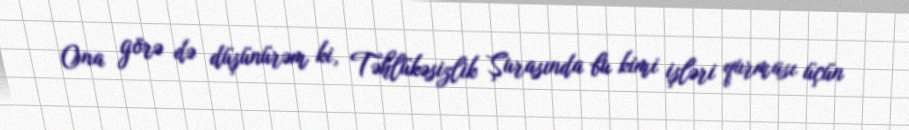
Ona görə də düşünürəm ki, Təhlükəsizlik Şurasında bu kimi işləri qurması üçün